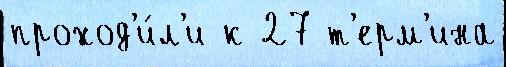
проход'и́л'и к 27 т'ерм'ина